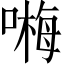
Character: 𠻽